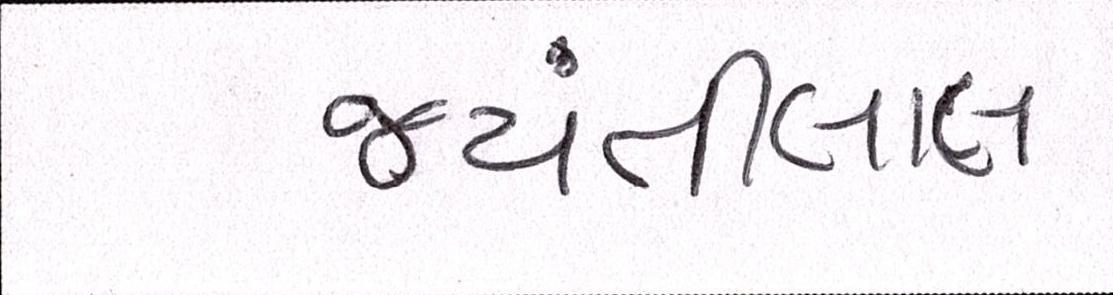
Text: જયંતીલાલ